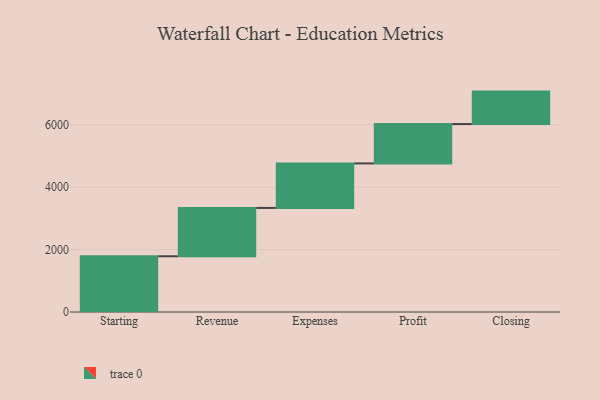
{"axis": {"x": "Step", "y": "Value"}, "legend": [""], "data": [{"x": "Starting", "y": 1787.0, "type": ""}, {"x": "Revenue", "y": 1550.0, "type": ""}, {"x": "Expenses", "y": 1427.0, "type": ""}, {"x": "Profit", "y": 1262.0, "type": ""}, {"x": "Closing", "y": 1041.0, "type": ""}]}